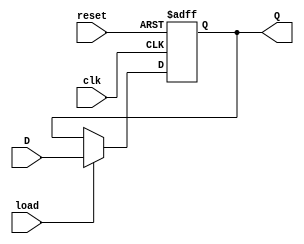
module Output_Register_D_Flip_Flop(clk, reset, load, D, Q);
	input clk, reset, load;
	input [37 : 0]D;
	output reg [37 : 0]Q;

always @(posedge clk, posedge reset)begin
   if(reset)
      Q <= 0;
   else begin
      if(load)
         Q <= D;
   end
end

endmodule